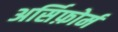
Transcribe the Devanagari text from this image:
अर्सिफ़ोर्म